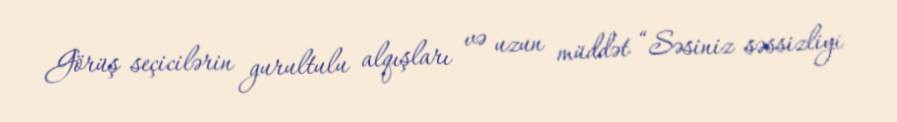
Görüş seçicilərin gurultulu alqışları və uzun müddət “Səsiniz səssizliyi